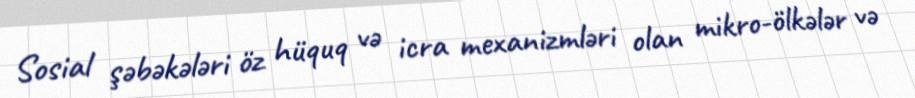
Sosial şəbəkələri öz hüquq və icra mexanizmləri olan mikro-ölkələr və